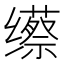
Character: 𱺯